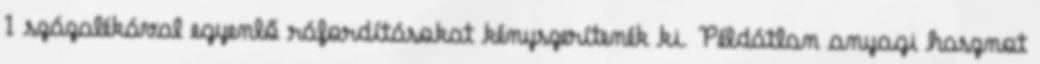
1 százalékával egyenlő ráfordításokat kényszerítenék ki. Példátlan anyagi hasznot